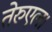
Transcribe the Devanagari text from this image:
तेरुएल।